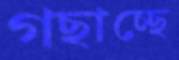
গছাচ্ছে